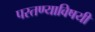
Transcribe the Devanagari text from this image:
परतण्याविषयी